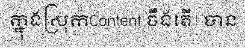
ក្នុងស្រុកContent ចឹងតើ! បាន